Annual report of the Civil Veterinary Department, Bengal, and of the Bengal Veterinary College for the year 1903-1904 - 1903-1904
Year: 1903
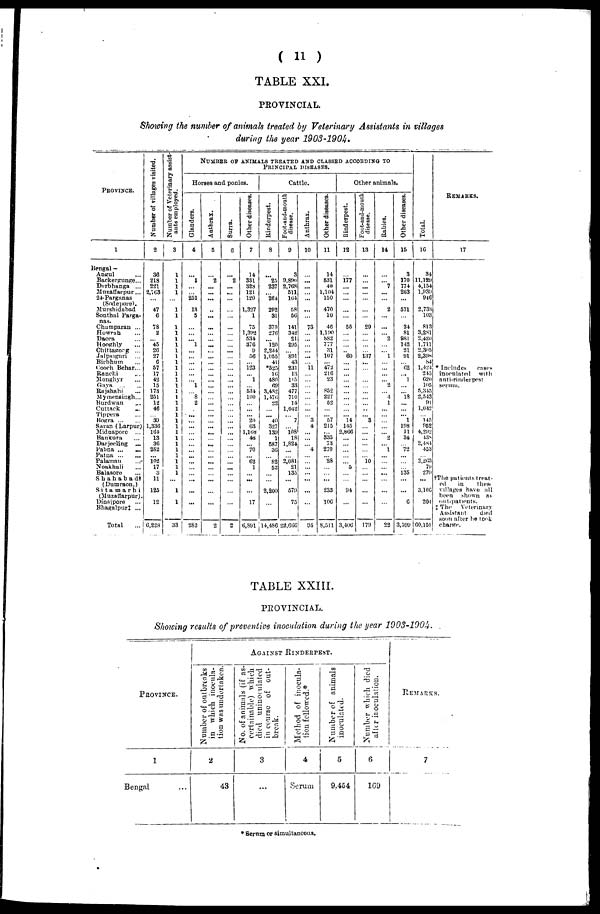
(
11
)
TABLE
XXI.
PROVINCIAL.
Showing
the number
of animals
treated
by Veterinary
Assistants
in
villages
during
the year
1903-1904.
PROVINCE.
1
Bengal —
Angul ...
Backergunge...
Darbhanga ...
Muzaffarpur ...
24-Parganas
(Sodepore).
Murshidabad
Sonthal Parga-
nas.
Champaran ...
Howrah ...
Dacca ...
Hooghly ...
Chittagong ...
Jalpaiguri ...
Birbhum ...
Cooch Behar...
Ranchi ...
Mongbyr ...
Gaya ... ...
Rajshahi ...
Mymensingh...
Burdwan ...
Cuttack ...
Tippera ...
Bogra ... ...
Saran (Larpur)
Midnapore ...
Bankura ...
Darjeeling ...
Pabna ... ...
Patna ... ...
Palaman ...
Noakhali ...
Balasore ...
Shahabad†
(Dumraon.)
Sitamarhi
(Muzaffarpur).
Dinajpore ...
Bhagalpur‡ ...
Total
...
Number of villages visited.
2
36
218
221
2,763
...
47
6
78
2
...
45
26
27
6
57
17
42
15
173
251
12
46
...
39
1,336
164
13
36
282
...
102
17
3
11
125
12
6,228
Number of Veterinary assist-
ants employed.
3
1
1
1
1
...
1
1
1
1
1
1
1
1
1
1
1
1
1
1
1
1
1
1
1
1
1
1
1
1
1
1
1
1
...
1
1
33
NUMBER OF ANIMALS TREATED AND CLASSED ACCORDING TO PRINCIPAL DISEASES.
Horses and ponies.
Glanders.
4
...
1
...
...
251
18
5
...
...
...
1
...
...
...
...
...
...
1
...
8
2
...
...
...
...
...
...
...
...
...
...
...
...
...
...
...
282
Anthrax.
5
...
2
...
...
..
...
...
...
...
...
...
...
...
...
...
...
...
...
...
...
...
...
...
...
...
...
...
...
...
...
...
...
...
...
...
2
Surra.
6
...
2
...
...
...
...
...
...
...
...
...
...
...
...
...
...
...
...
...
...
...
...
...
...
...
...
...
...
...
...
...
...
...
...
...
...
2
Other diseases.
7
14
331
328
121
120
1,327
1
75
1,392
534
376
9
56
...
123
...
1
...
534
100
...
...
...
20
63
1,108
48
...
70
...
62
1
...
...
...
17
6,891
Cattle.
Rinderpest.
8
...
25
237
264
292
31
370
276
...
120
2,244
1,055
41
*525
16
480
69
3,482
1,476
22
...
...
40
327
139
1
587
36
...
82
52
...
...
2,200
...
14,486
Foot-and-mouth
disease.
9
3
9,896
2,768
511
164
58
56
141
342
21
295
891
43
231
13
115
33
477
710
14
1,042
...
7
...
108
18
1,824
...
...
2,081
21
135
...
579
75
22,666
Anthrax.
10
...
...
...
...
...
...
...
73
...
...
...
...
...
...
11
...
...
...
...
...
...
...
...
3
4
...
...
...
4
...
...
...
...
...
...
...
95
Other animals.
Other diseases.
11
14
531
40
1,104
150
470
10
46
1,190
882
777
31
107
472
216
23
852
227
52
...
...
57
215
...
335
73
270
...
28
...
...
...
233
106
8,511
Rinderpest.
12
...
177
...
...
...
...
...
...
55
...
...
...
...
60
...
...
...
...
...
...
...
...
...
...
14
145
2,866
...
...
...
...
...
5
...
...
94
...
3,400
Foot-and-mouth
disease.
13
...
...
...
...
...
...
...
29
...
...
...
...
137
...
...
...
...
...
...
...
...
...
... ...
3
...
...
...
...
...
...
10
...
...
...
...
...
179
Rabies.
14
...
...
7
...
...
2
...
...
...
2
...
...
1
...
...
...
...
2
...
4
1
...
...
...
...
...
2
...
1
...
...
...
...
...
...
...
22
Other diseases.
15
3
170
774
203
571
...
24
81
981
142
21
91
...
62
...
1
...
...
18
...
...
...
1
198
11
34
...
72
...
...
...
135
...
...
6
3,599
Total.
16
34
11,129
4,154
1,939
946
2,733
103
813
3,281
2,420
1,711
2,305
2,398
84
1,424
245
620
105
5,345
2,543
91
1,042
...
145
952
4,292
43S
2,484
453
...
2,263
79
270
...
3,106
201
60,151
REMARKS.
17
* Includes
cases
inoculated with
anti-rinderpest
serum.
†The patients treat-
ed
in
these
villages have all
been shown as
out-patients.
‡The
Veterinary
Assistant
died
soon after he took
charge.
TABLE
XXIII.
PROVINCIAL.
Showing
results
of preventive
inoculation
during
the year
1903-1904.
PROVINCE.
1
Bengal ...
AGAINST RINDERPEST.
Number of outbreaks
in which inocula-
tion was undertaken.
2
43
No. of animals (if as-
certainable) which
died uninoculated
in course of out-
break.
3
...
Method of inocula-
tion followed.*
4
Serum
Number of animals
inoculated.
5
9.454
Number which died
after inoculation.
6
169
REMARKS.
7
* Serum or simultaneous.